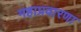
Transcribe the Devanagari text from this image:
महाप्रवारणा